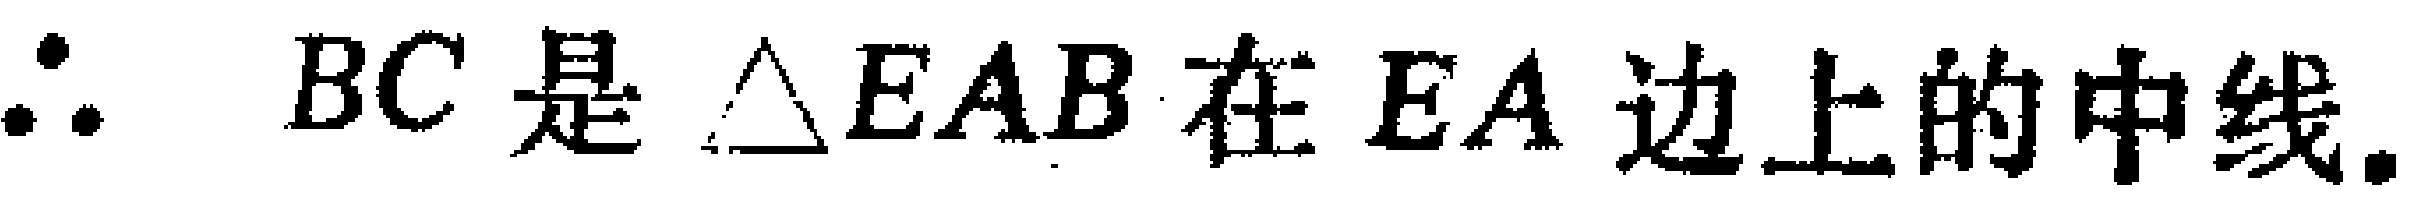
$\therefore BC\text{ 是 }\triangle EAB\text{ 在 }EA\text{ 边上的中线.}$